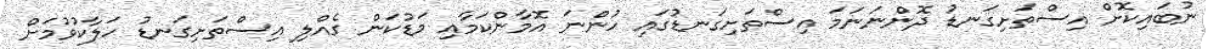
ނުބައިކޮށް އިސްތަށިގަނޑު ދޮންނަނަމަ އިސްތަށިގަނޑުގައި ހުންނަ އޮމާންކަމާއި މަޑުކަން ގެއްލި އިސްތަށިގަނޑު ހަލާކުވުމަށް